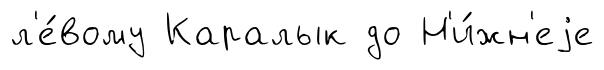
л'е́вому Каралык до Н'и́жн'еjе